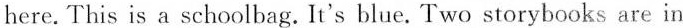
here. This is a schoolbag. It's blue. Two storybooks are in